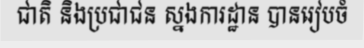
ជាតិ និងប្រជាជន ស្នងការដ្ឋាន បានរៀបចំ